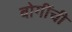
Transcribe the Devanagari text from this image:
बोगींची